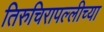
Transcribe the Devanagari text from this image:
तिरुचिरापल्लीच्या